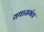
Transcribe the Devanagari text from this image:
यथासभंव